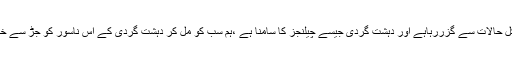
پاکستان مشکل حالات سے گزررہاہے اور دہشت گردی جیسے چیلنجز کا سامنا ہے ،ہم سب کو مل کر دہشت گردی کے اس ناسور کو جڑ سے ختم کرنا ہوگا۔